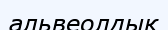
альвеолдық